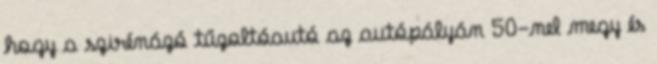
hogy a szirénázó tűzoltóautó az autópályán 50-nel megy és